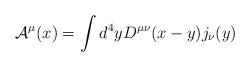
LaTeX: \begin{align*}{\cal A}^\mu (x) = \int d^4 y D^{\mu\nu} (x-y) j_\nu (y)\end{align*}